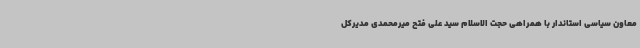
معاون سیاسی استاندار با همراهی حجت الاسلام سید علی فتح میرمحمدی مدیرکل